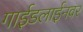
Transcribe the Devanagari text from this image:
गाईडलाईनवर